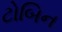
ટોબિન